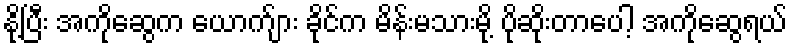
နို့ပြီး အကိုဆွေက ယောက်ျား ခိုင်က မိန်းမသားမို့ ပိုဆိုးတာပေါ့ အကိုဆွေရယ်